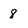
Character: 8